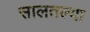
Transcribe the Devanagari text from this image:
सालतल्या